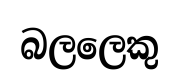
බලලෙකු